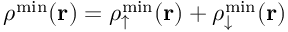
\rho ^ { \mathrm { m i n } } ( { \bf r } ) = \rho _ { \uparrow } ^ { \mathrm { m i n } } ( { \bf r } ) + \rho _ { \downarrow } ^ { \mathrm { m i n } } ( { \bf r } )